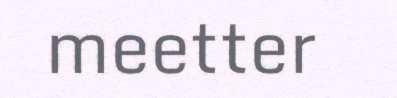
meetter